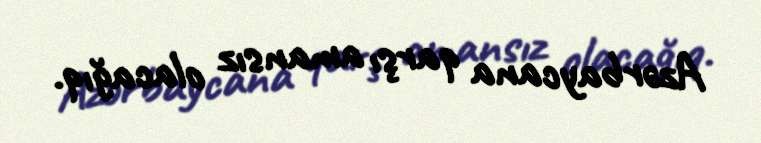
Azərbaycana qarşı amansız olacağıq.